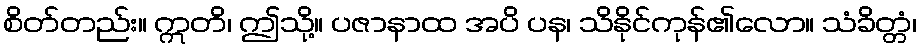
စိတ်တည်း။ ဣတိ၊ ဤသို့။ ပဇာနာထ အပိ ပန၊ သိနိုင်ကုန်၏လော။ သံခိတ္တံ၊